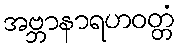
အဗ္ဘာနာရဟဝတ္တံ